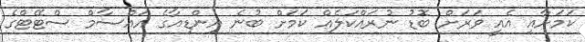
ކަމަށާއި އެއީ ވަރަށް ބޮޑު ނުރައްކަލެއް ކަމަށް ބުނެ އިންޑިއާގެ އައްސާމް ސްޓޭޓްގެ